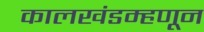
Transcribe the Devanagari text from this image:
कालखंडम्हणून